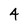
Character: 4